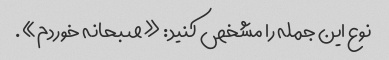
نوع این جمله را مشخص کنید: «صبحانه خوردم».